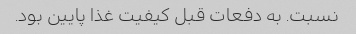
نسبت. به دفعات قبل کیفیت غذا پایین بود.